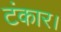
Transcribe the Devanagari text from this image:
टंकार।